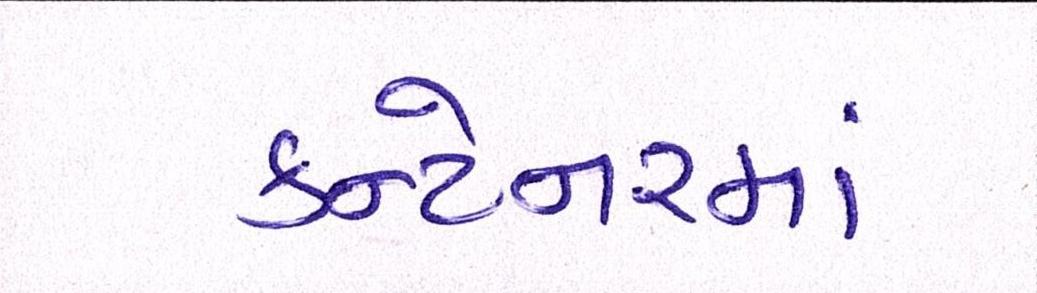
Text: કન્ટેનરમાં